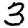
Digit: 3